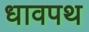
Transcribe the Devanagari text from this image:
धावपथ